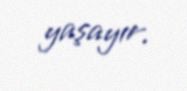
yaşayır.